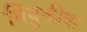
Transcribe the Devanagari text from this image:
नियुक्तीवर